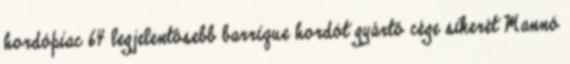
hordópiac 64 legjelentôsebb barrique hordót gyártó cége sikerét Mannó